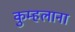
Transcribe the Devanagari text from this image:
कुम्हलाना